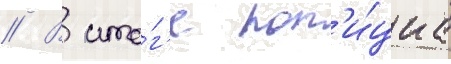
// В ито́г'е пол'и́циа